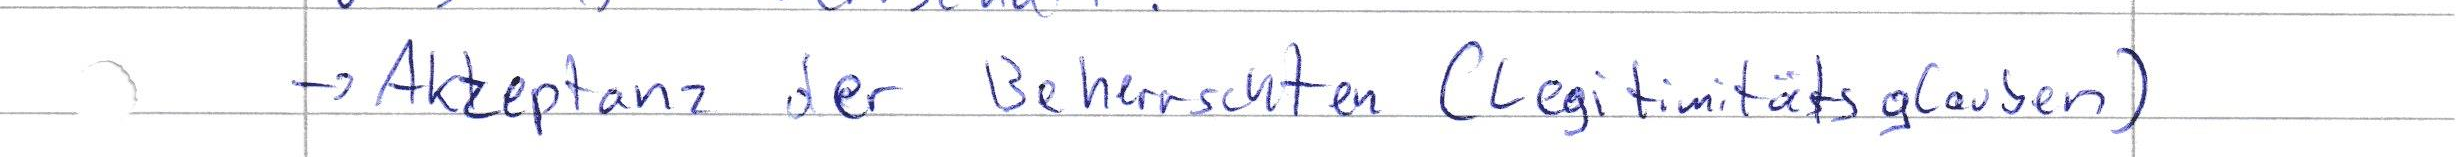
-> Akzeptanz der Beherrschten (Legitimitätsglauben)